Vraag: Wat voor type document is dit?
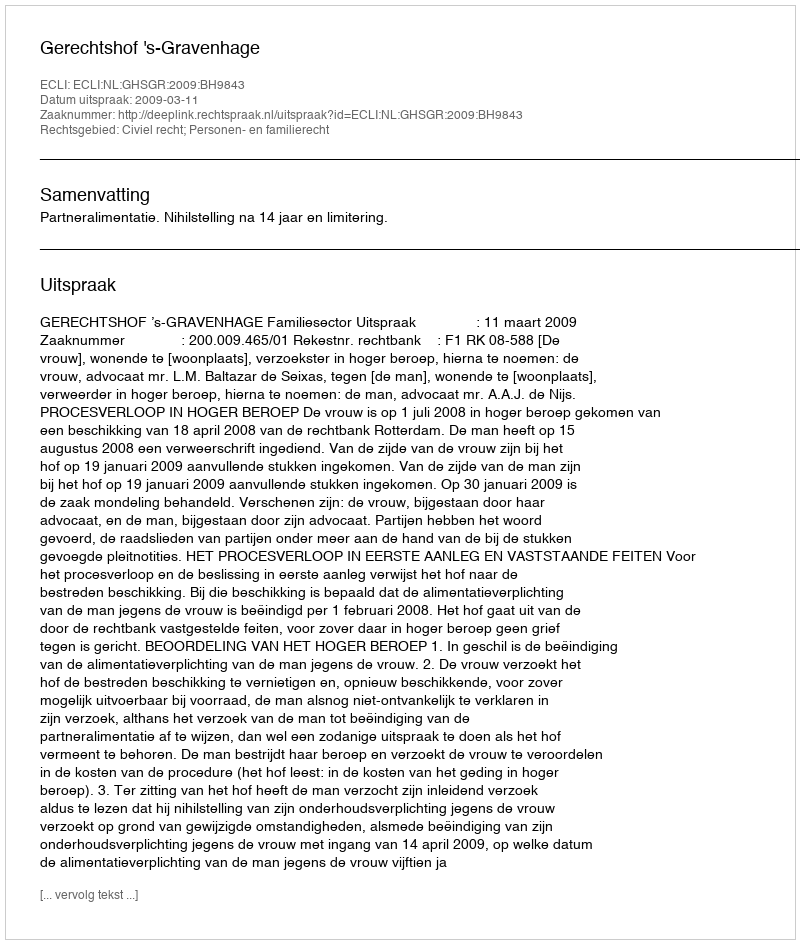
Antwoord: Uitspraak